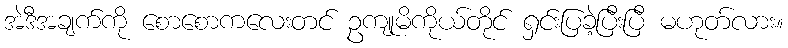
အဲဒီအချက်ကို စောစောကလေးတင် ဥကျုမိကိုယ်တိုင် ရှင်းပြခဲ့ပြီးပြီ မဟုတ်လား။